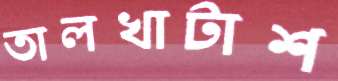
তালখাটাশ